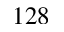
1 2 8